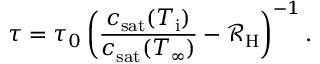
\tau = \tau _ { 0 } \left( \frac { c _ { \mathrm { s a t } } ( T _ { \mathrm { i } } ) } { c _ { \mathrm { s a t } } ( T _ { \infty } ) } - \mathcal { R } _ { \mathrm { H } } \right) ^ { - 1 } .